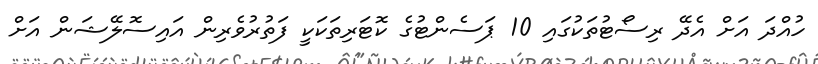
ހުއްދަ އަށް އެދޭ ރިސޯޓުތަކުގައި 10 ޕަސެންޓުގެ ކޮޓަރިތަކަކީ ފަތުރުވެރިން އައިސޮލޭޝަން އަށް